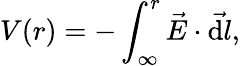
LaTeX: V(r)=-\int_{\cal\infty}^{r}\vec{E}\cdot\vec{\mathrm{d}l},